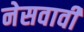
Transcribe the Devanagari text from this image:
नेसवावी